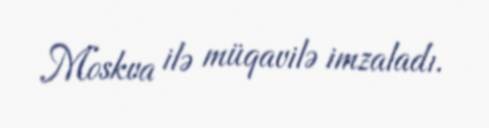
Moskva ilə müqavilə imzaladı.